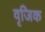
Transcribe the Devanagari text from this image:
वृजिक